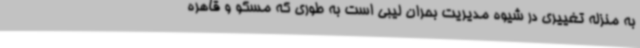
به منزله تغییری در شیوه مدیریت بحران لیبی است به طوری که مسکو و قاهره